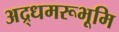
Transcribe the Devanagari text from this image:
अद्र्धमरूभूमि